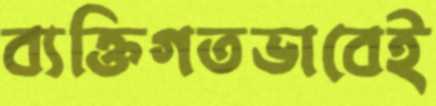
ব্যক্তিগতভাবেই